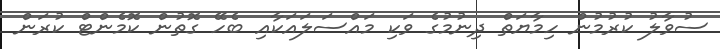
ސުވާލު ކުރުމުން ހިމާޔަތް ދިނުމުގެ ވަކި މައްސަލައަކާއި ބެހޭ ގޮތުން ކޮމެންޓް ކުރަން